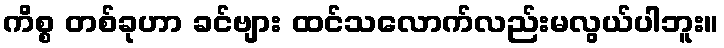
ကိစ္စ တစ်ခုဟာ ခင်ဗျား ထင်သလောက်လည်းမလွယ်ပါဘူး။